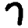
Digit: 7